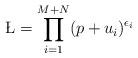
LaTeX: \begin{align*}\L = \prod_{i=1}^{M+N} (p+u_i)^{\epsilon_i}\end{align*}